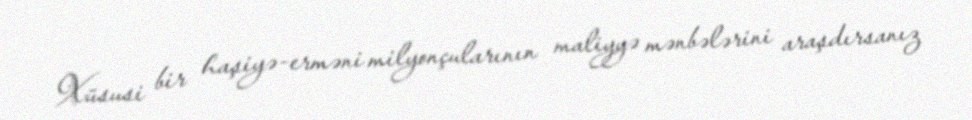
Xüsusi bir haşiyə-erməni milyonçularının maliyyə mənbələrini araşdırsanız